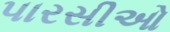
પારસીઓ